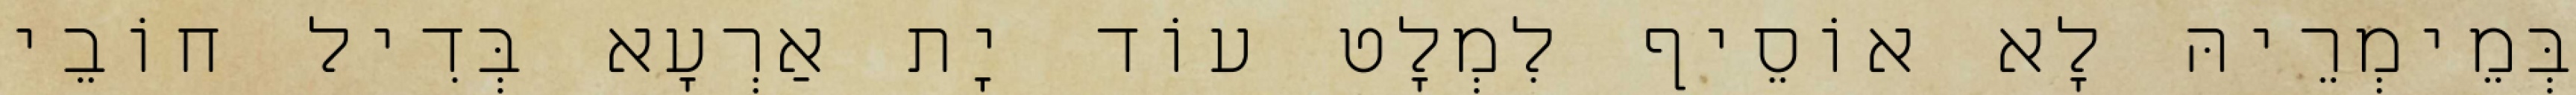
בְּמֵימְרֵיהּ לָא אוֹסֵיף לִמְלָט עוֹד יָת אַרְעָא בְּדִיל חוֹבֵי